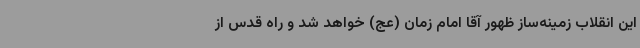
این انقلاب زمینه‌ساز ظهور آقا امام زمان (عج) خواهد شد و راه قدس از